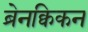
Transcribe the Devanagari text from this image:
ब्रेनक्विकन